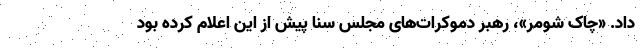
داد. «چاک شومر»، رهبر دموکرات‌های مجلس سنا پیش از این اعلام کرده بود